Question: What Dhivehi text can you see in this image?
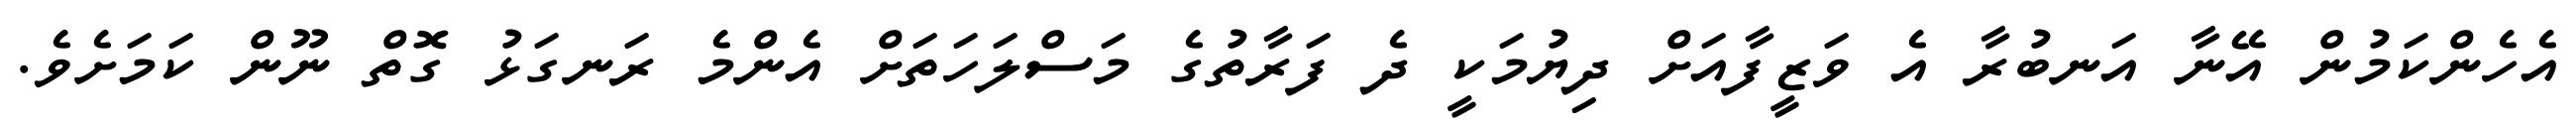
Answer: އެހެންކަމުން އޭނާ އަނބުރާ އެ ވަޒީފާއަށް ދިޔުމަކީ ދެ ފަރާތުގެ މަސްލަހަތަށް އެންމެ ރަނގަޅު ގޮތް ނޫން ކަމަށެވެ.